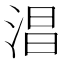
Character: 淐